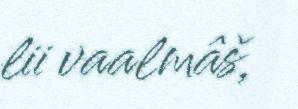
lii vaalmâš,